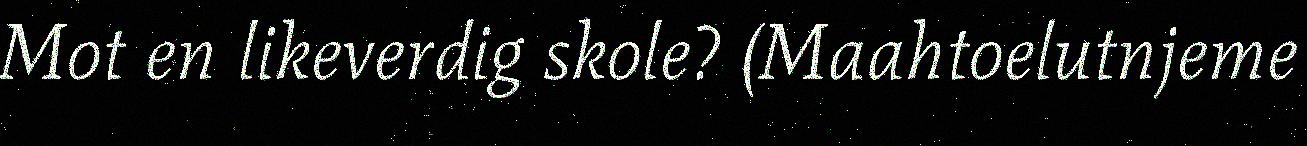
Mot en likeverdig skole? (Maahtoelutnjeme